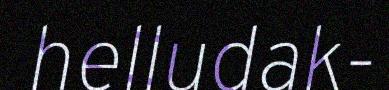
helludak-